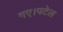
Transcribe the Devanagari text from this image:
गए।पटेल